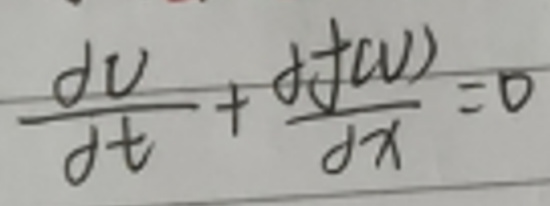
$\frac{dv}{dt}+\frac{\partial f(u)}{\partial x}=0$